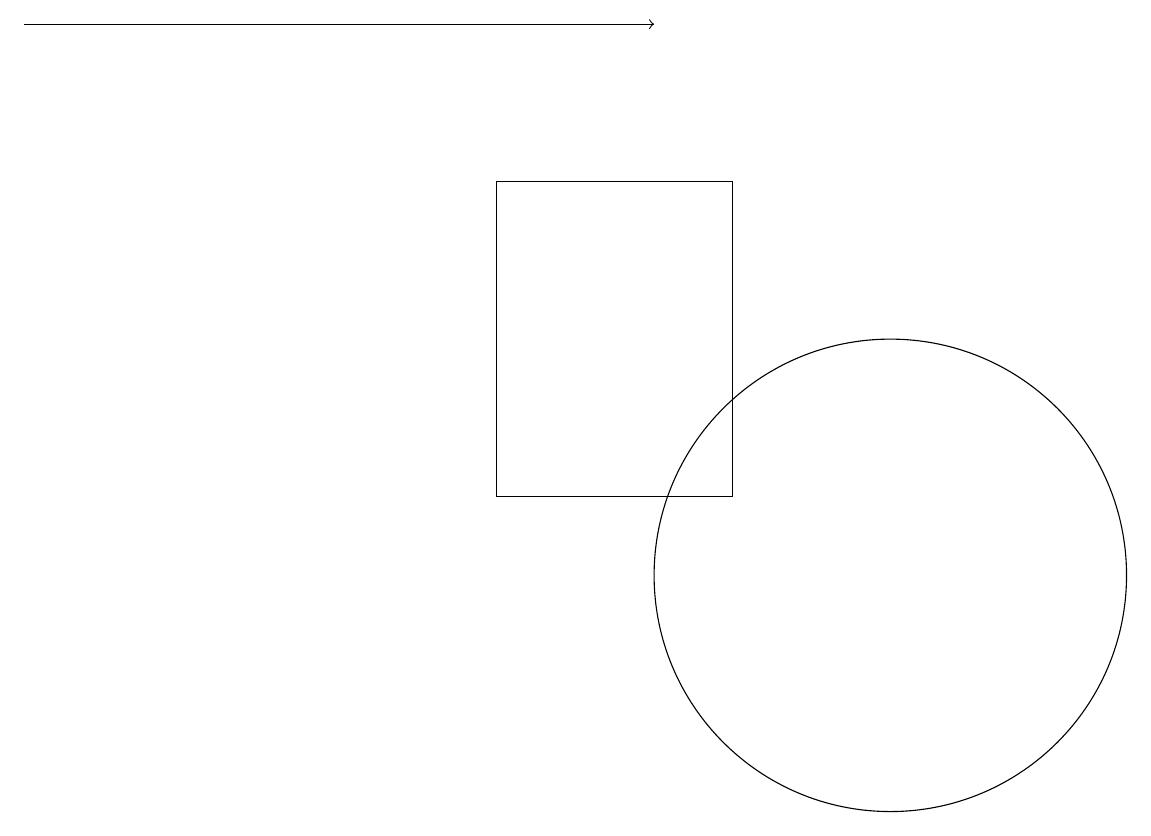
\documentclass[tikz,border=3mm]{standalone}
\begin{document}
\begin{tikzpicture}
\draw (9,16) rectangle (6,12);
\draw (11,11) circle (3);
\draw[->] (0,18) -- (8,18);
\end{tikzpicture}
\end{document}